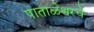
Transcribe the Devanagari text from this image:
पाताळेश्वरचे